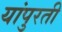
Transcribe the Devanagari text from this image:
यांपुरती